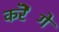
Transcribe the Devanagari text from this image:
करेॆगे